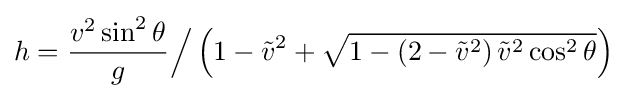
h={\frac {v^{2}\sin ^{2}\theta }{g}}{\Big /}\left(1-{\tilde {v}}^{2}+{\sqrt {1-\left(2-{\tilde {v}}^{2}\right){\tilde {v}}^{2}\cos ^{2}\theta }}\right)